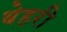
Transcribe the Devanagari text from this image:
बेहरी